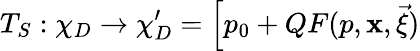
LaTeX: T_{S}:\chi_{D}\rightarrow\chi_{D}^{\prime}=\Big[p_{0}+QF(p,\mathbf{x},\vec{{\xi}})